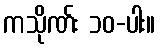
ကသိုဏ်း ၁၀-ပါး။